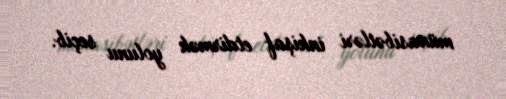
münasibətləri inkişaf etdirmək yolunu seçib.